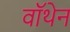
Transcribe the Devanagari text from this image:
वॉथेन